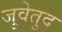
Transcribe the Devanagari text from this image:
जुवेतुद